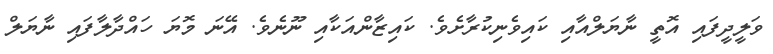
ވަލީދީފައި އޮތީ ނާޔަލްއާއި ކައިވެނިކުރާށެވެ. ކައިޒާންއަކާއި ނޫނެވެ. އޭނަ މޮޔަ ހައްދާލާފައި ނާޔަލް